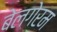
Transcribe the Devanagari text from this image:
बेलगेरम